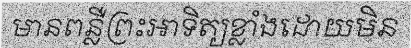
មានពន្លឺព្រះអាទិត្យខ្លាំងដោយមិន